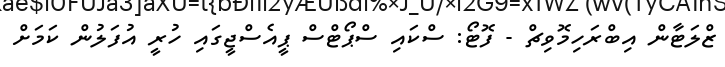
ޒްލަޓާން އިބްރަހިމޮވިޗް - ފޮޓޯ: ސްކައި ސްޕޯޓްސް ޕީއެސްޖީގައި ހުރީ އުފަލުން ކަމަށް